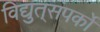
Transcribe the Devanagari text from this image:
विद्युत्‌संपर्को